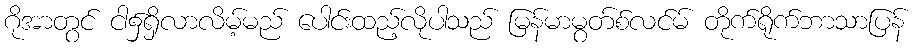
ဂိုအာတွင် ငါ၌ရှိလာလိမ့်မည် ပေါင်းထည့်လိုပါသည် မြန်မာမွတ်စ်လင်မ် တိုက်ရိုက်ဘာသာပြန်